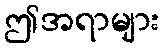
ဤအရာများ